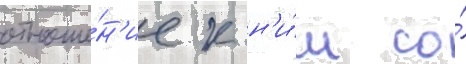
отноше́н'ие к н'и́м со́